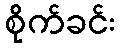
စိုက်ခင်း